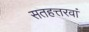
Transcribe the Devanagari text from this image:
सतहत्तरवां